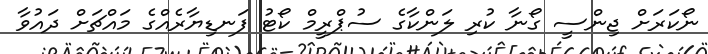
ނޯކަރަށް ޖިންސީ ގޯނާ ކުރި ލަންކާގެ ސުޕްރީމް ކޯޓު ފަނޑިޔާރެއްގެ މައްޗަށް ދައުވާ